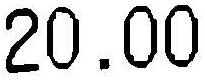
20.00